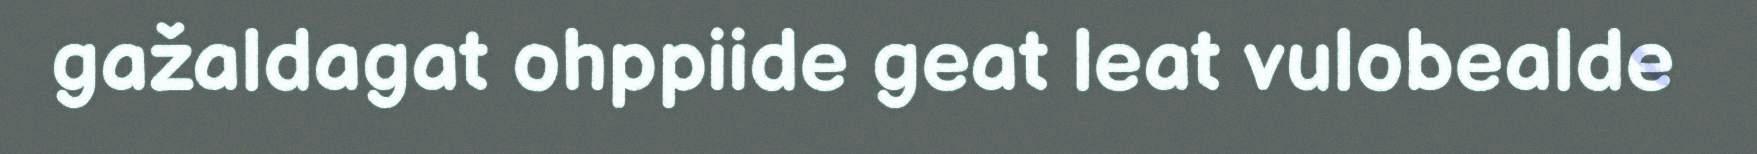
gažaldagat ohppiide geat leat vulobealde